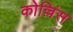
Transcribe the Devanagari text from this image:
कोल्लिंस